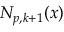
N _ { p , k + 1 } ( x )